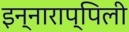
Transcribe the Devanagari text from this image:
इन्नाराप्पिली